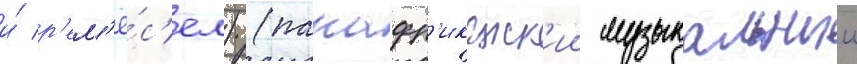
и́ р'ем'ё́с'ел) (панафр'иканск'ии музыкальныи